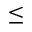
\leq